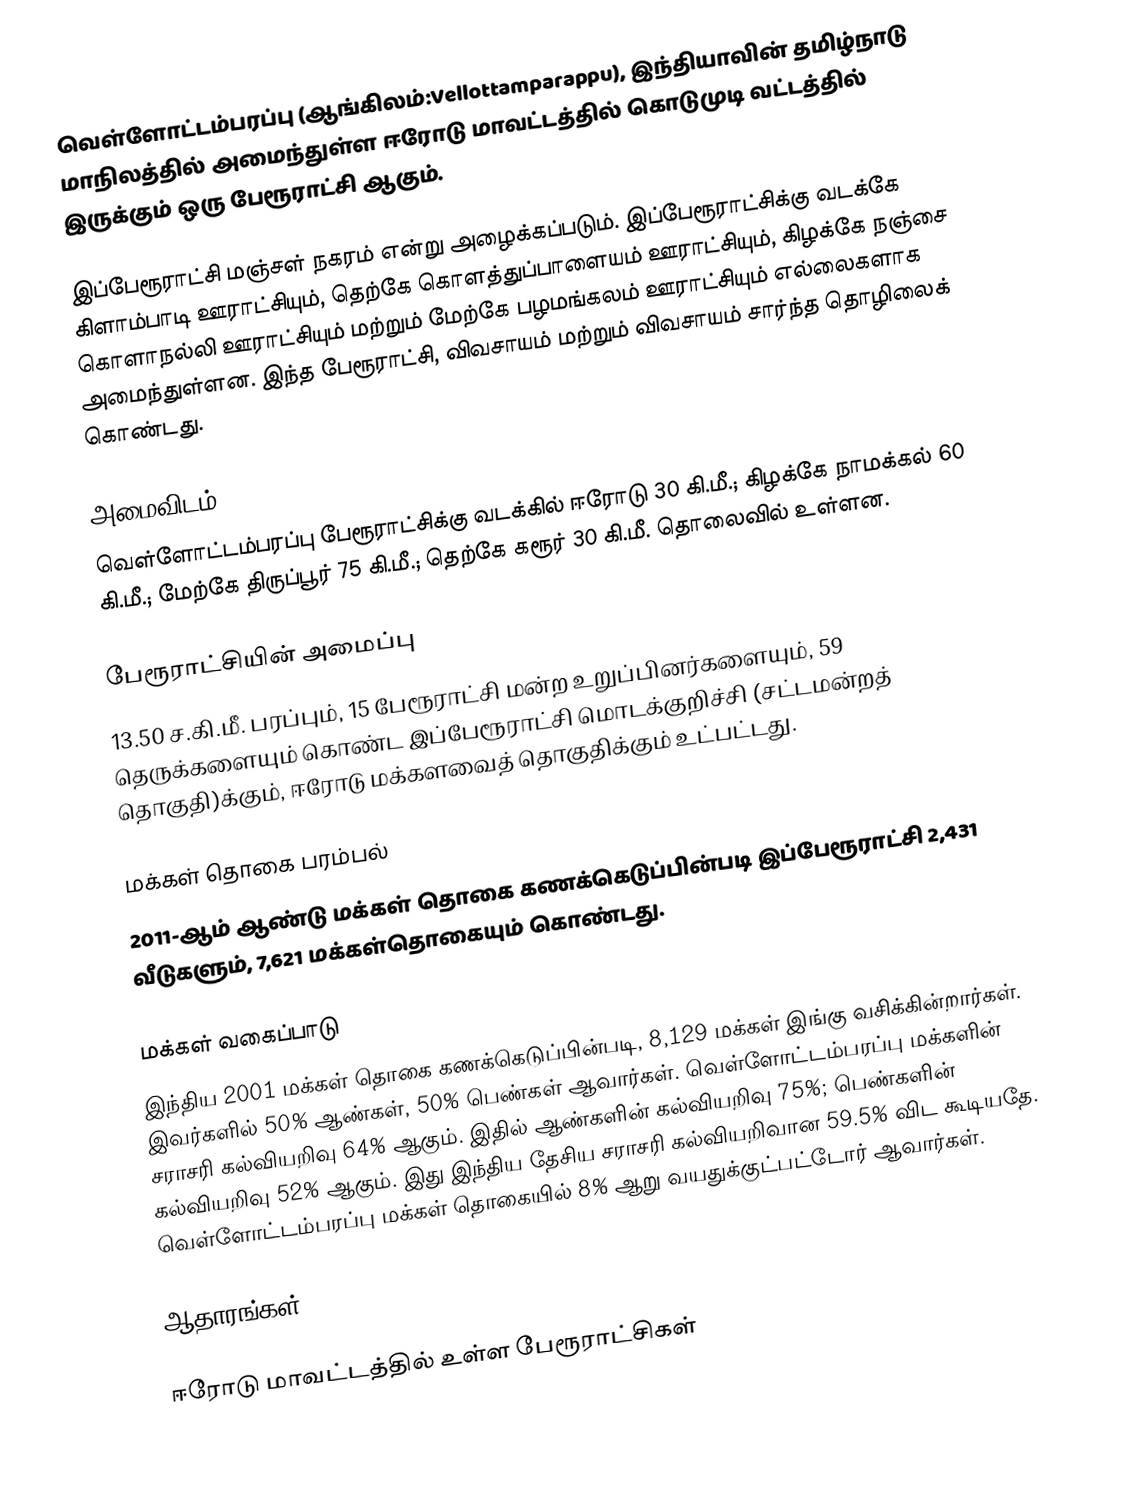
வெள்ளோட்டம்பரப்பு (ஆங்கிலம்:Vellottamparappu), இந்தியாவின் தமிழ்நாடு மாநிலத்தில் அமைந்துள்ள ஈரோடு மாவட்டத்தில் கொடுமுடி வட்டத்தில் இருக்கும் ஒரு பேரூராட்சி ஆகும்.

இப்பேரூராட்சி மஞ்சள் நகரம் என்று அழைக்கப்படும். இப்பேரூராட்சிக்கு வடக்கே கிளாம்பாடி ஊராட்சியும், தெற்கே கொளத்துப்பாளையம் ஊராட்சியும், கிழக்கே நஞ்சை கொளாநல்லி ஊராட்சியும் மற்றும் மேற்கே பழமங்கலம் ஊராட்சியும் எல்லைகளாக அமைந்துள்ளன. இந்த பேரூராட்சி, விவசாயம் மற்றும் விவசாயம் சார்ந்த தொழிலைக் கொண்டது.

அமைவிடம்
வெள்ளோட்டம்பரப்பு பேரூராட்சிக்கு வடக்கில் ஈரோடு 30 கி.மீ.; கிழக்கே நாமக்கல் 60 கி.மீ.; மேற்கே திருப்பூர் 75 கி.மீ.; தெற்கே கரூர் 30 கி.மீ. தொலைவில் உள்ளன.

பேரூராட்சியின் அமைப்பு
13.50 ச.கி.மீ. பரப்பும், 15 பேரூராட்சி மன்ற உறுப்பினர்களையும், 59 தெருக்களையும் கொண்ட இப்பேரூராட்சி மொடக்குறிச்சி (சட்டமன்றத் தொகுதி)க்கும், ஈரோடு மக்களவைத் தொகுதிக்கும் உட்பட்டது.

மக்கள் தொகை பரம்பல்
2011-ஆம் ஆண்டு மக்கள் தொகை கணக்கெடுப்பின்படி  இப்பேரூராட்சி   2,431  வீடுகளும்,  7,621 மக்கள்தொகையும் கொண்டது.

மக்கள் வகைப்பாடு
இந்திய 2001 மக்கள் தொகை கணக்கெடுப்பின்படி, 8,129 மக்கள் இங்கு வசிக்கின்றார்கள். இவர்களில் 50% ஆண்கள், 50% பெண்கள் ஆவார்கள். வெள்ளோட்டம்பரப்பு மக்களின் சராசரி கல்வியறிவு 64% ஆகும்.  இதில் ஆண்களின் கல்வியறிவு 75%; பெண்களின் கல்வியறிவு 52% ஆகும். இது இந்திய தேசிய சராசரி கல்வியறிவான 59.5% விட கூடியதே. வெள்ளோட்டம்பரப்பு மக்கள் தொகையில் 8% ஆறு வயதுக்குட்பட்டோர் ஆவார்கள்.

ஆதாரங்கள்

ஈரோடு மாவட்டத்தில் உள்ள பேரூராட்சிகள்